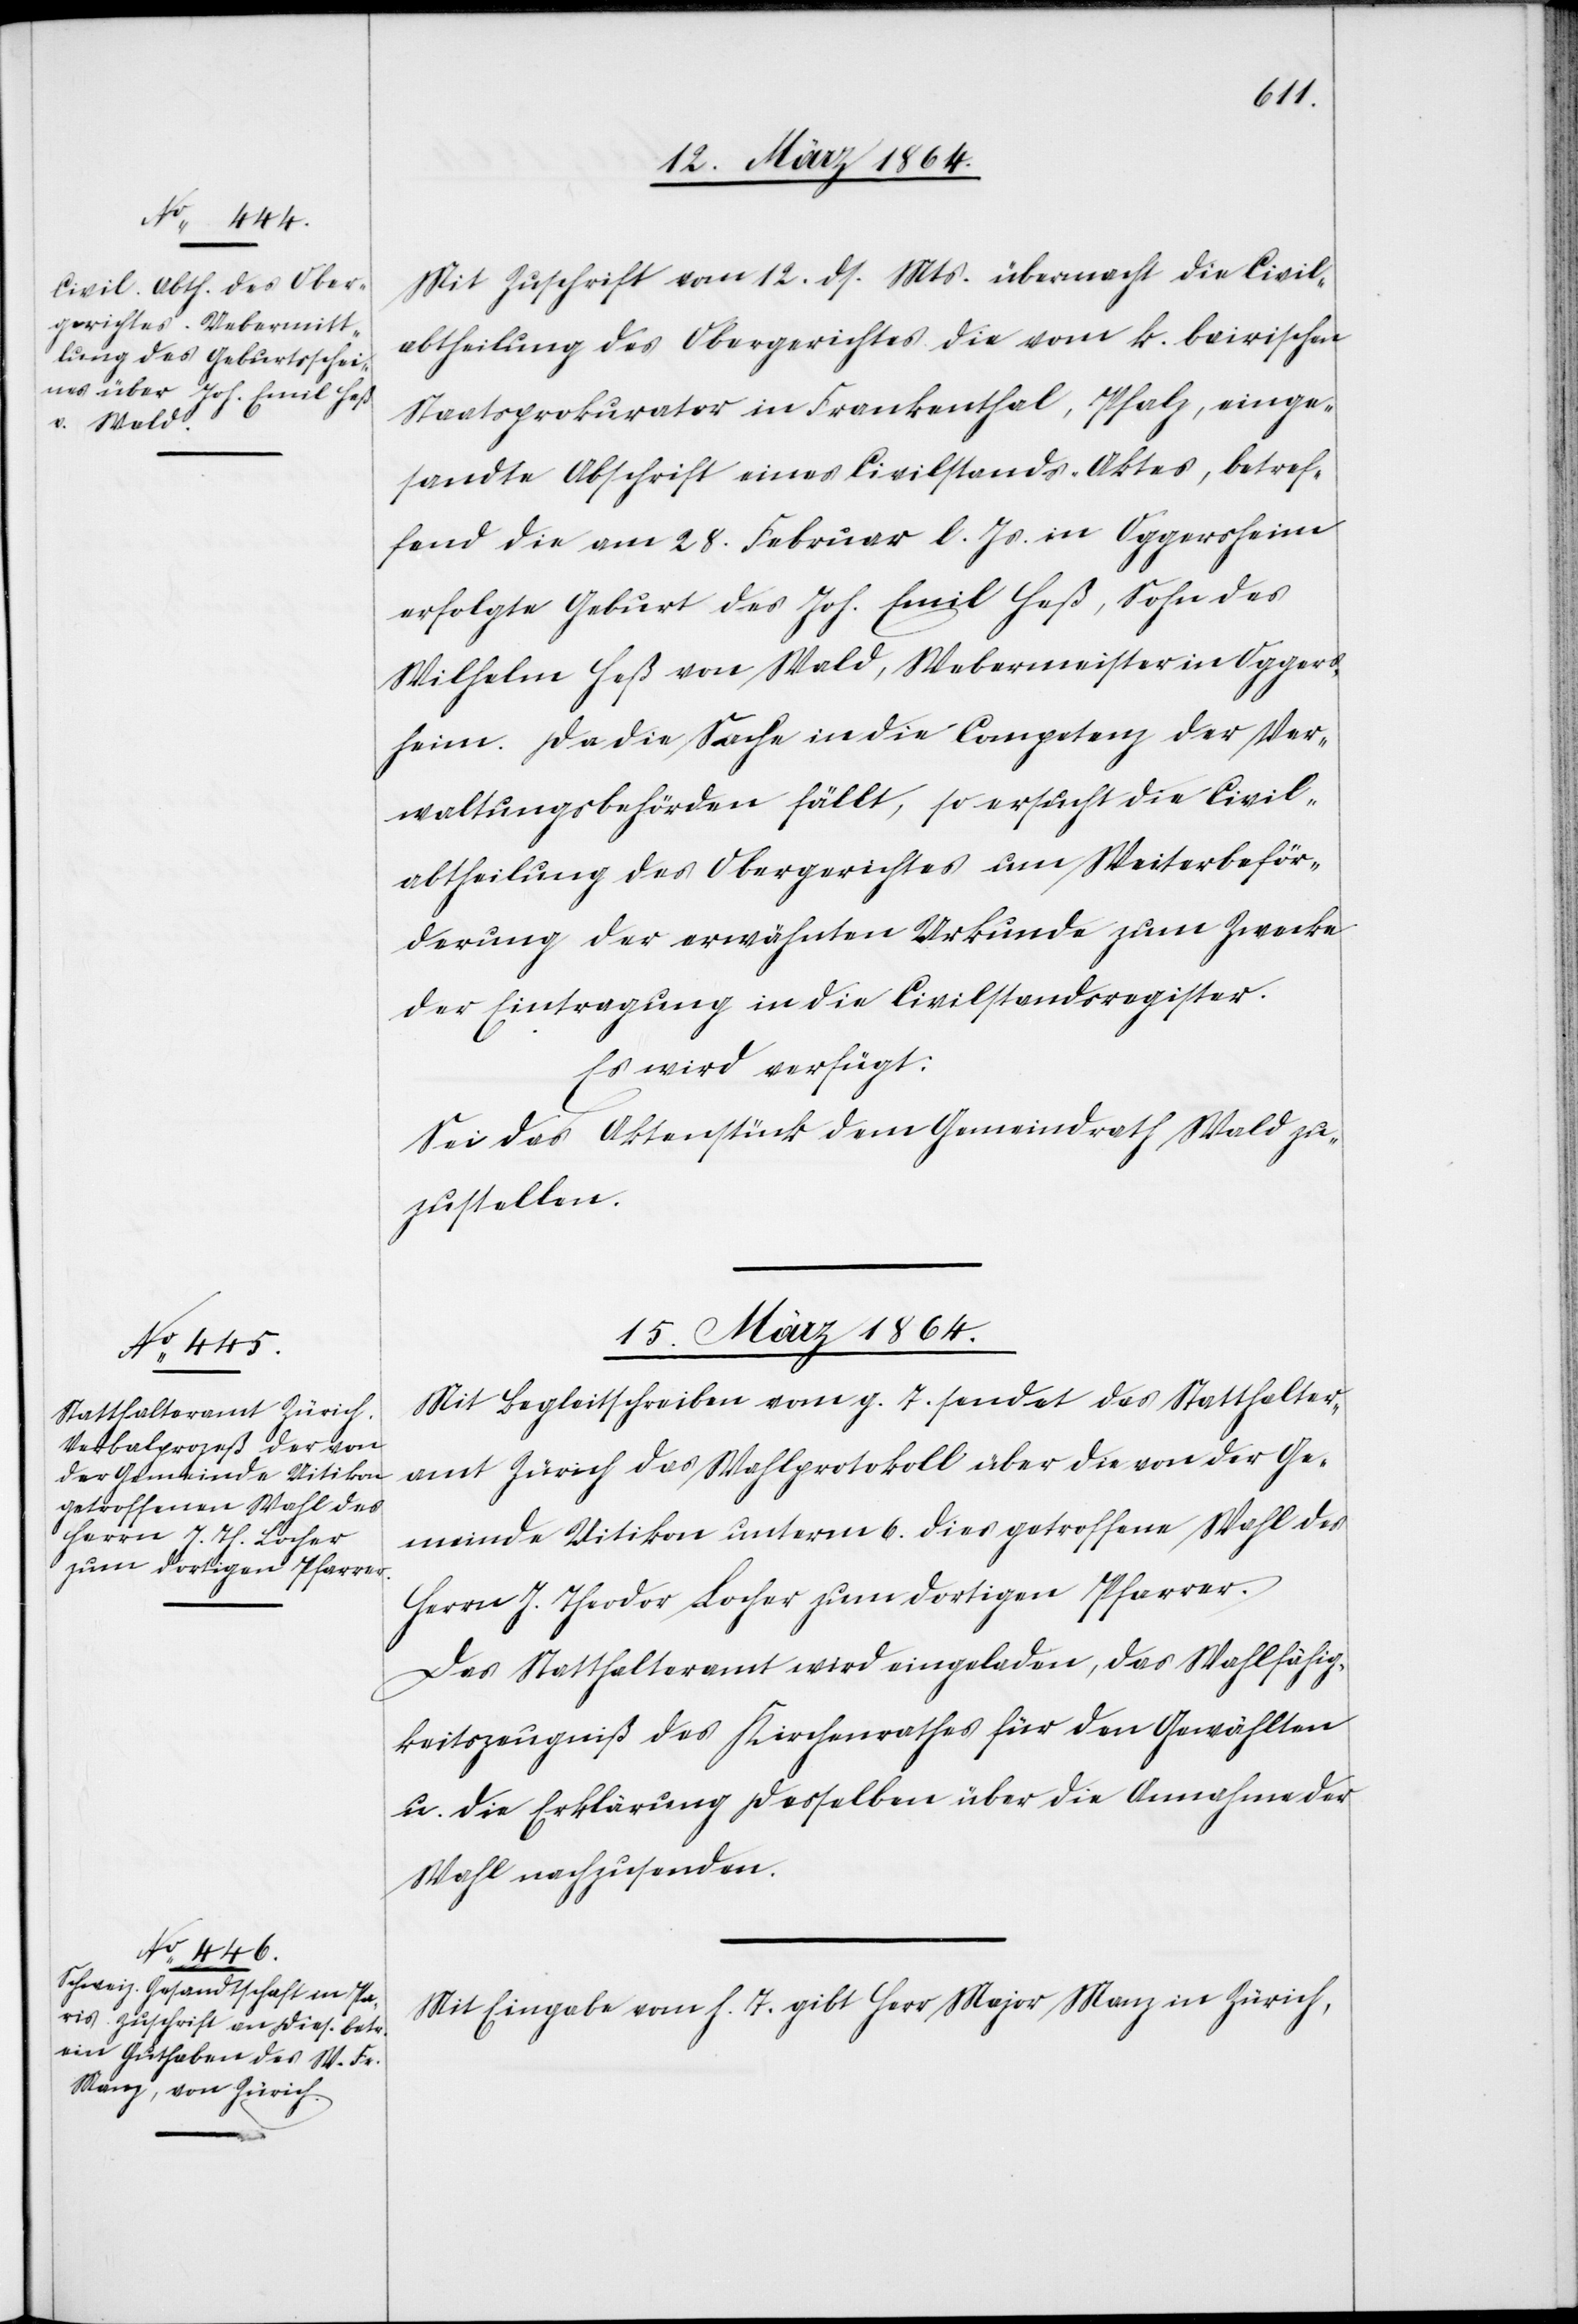
14. März 1864.]
Mit Zuschrift vom 12. ds. Mts. übermacht die Civil¬
abtheilung des Obergerichtes die vom k. bairischen
Staatsprokurator in Frankenthal, Pfalz, einge¬
sandte Abschrift eines Civilstands-Aktes, betref¬
fend die am 28. Februar l. Js. in Oggersheim
erfolgte Geburt des Joh. Emil Heß, Sohn des
Wilhelm Heß von Wald, Webermeister in Oggers¬
heim. Da die Sache in die Competenz der Ver¬
waltungsbehörden fällt, so ersucht die Civil¬
abtheilung des Obergerichtes um Weiterbeför¬
derung der erwähnten Urkunde zum Zwecke
der Eintragung in die Civilstandsregister.
Es wird verfügt:
Sei das Aktenstück dem Gemeindrath Wald zu¬
zustellen.
15. März 1864.]
Mit Begleitschreiben vom g. T. sendet das Statthalter¬
amt Zürich das Wahlprotokoll über die von der Ge¬
meinde Uitikon unterm 6. dies getroffene Wahl des
Herrn J. Theodor Locher zum dortigen Pfarrer.
Das Statthalteramt wird eingeladen, das Wahlfähig¬
keitszeugniß des Kirchenrathes für den Gewählten
u. die Erklärung desselben über die Annahme der
Wahl nachzusenden.
Mit Eingabe vom h. T. gibt Herr Major Manz in Zürich,